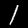
Label: 1